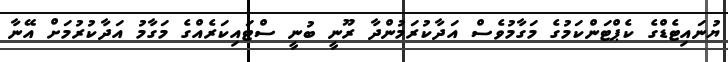
ޔުނައިޓެޑްގެ ކެޕްޓަންކަމުގެ މަގާމުވެސް އަދާކުރަމުންދާ ރޫނީ ބުނީ ސްޓައިކަރެއްގެ މަގާމު އަދާކުރުމަށް އޭނާ